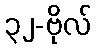
၃၂-ဗိုလ်